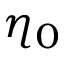
\eta _ { 0 }